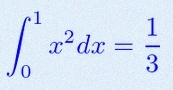
\int_0^1 x^2dx=\frac13